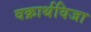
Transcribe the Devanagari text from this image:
वक्रार्थविजा